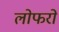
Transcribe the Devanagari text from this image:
लोफरों